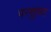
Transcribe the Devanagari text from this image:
परशुधर